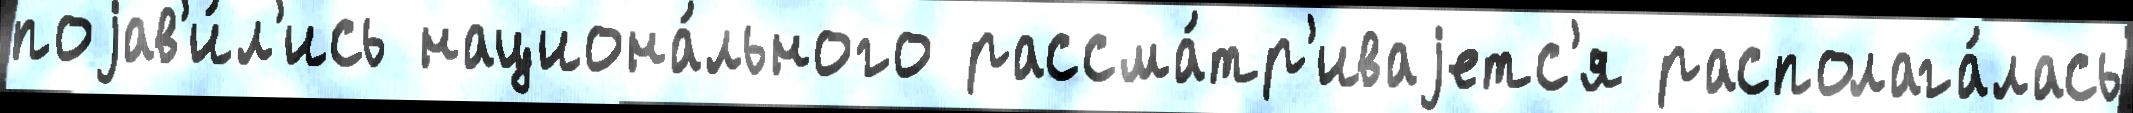
поjав'и́л'ись национа́льного рассма́тр'иваjетс'я располага́лась